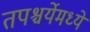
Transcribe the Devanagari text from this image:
तपश्चर्येमध्ये